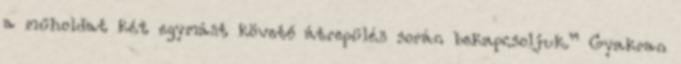
a műholdat két egymást követő átrepülés során bekapcsoljuk.” Gyakran